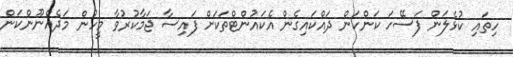
ހިތައި ކުޅެލަން ފަސޭހަ ކަންކަން ދައްކައިގެން އެކައުންޓްތަކަށް ފައިސާ ޖަމާކުރުވާ މީހުން މަދެއްނޫންކަން